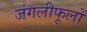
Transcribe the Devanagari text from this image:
जंगलीफूलों